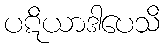
ပဋိယာဒါပေသိ